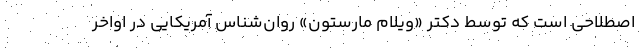
اصطلاحی است که توسط دکتر «ویلام مارستون» روان‌شناس آمریکایی در اواخر